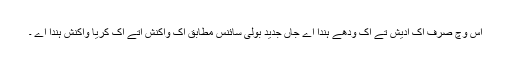
اس وچ صرف اک ادیش تے اک ودھے ہندا اے جاں جدید بولی سائنس مطابق اک واکنش اتے اک کریا واکنش ہندا اے ۔